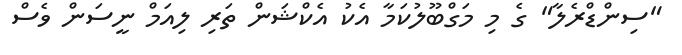
"ސިންޑްރެލާ" ގެ މި މަގްބޫލުކަމާ އެކު އެކްޝަން ތަރި ލިއަމް ނީސަން ވެސް